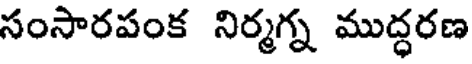
సంసారపంక నిర్మగ్న ముద్ధరణ